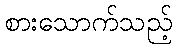
စားသောက်သည့်